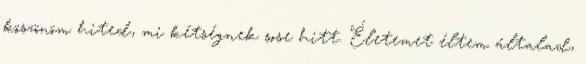
köszönöm hited, mi kétségnek sose hitt. Életemet éltem általad,